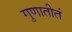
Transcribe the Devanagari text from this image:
गुणातीतं